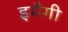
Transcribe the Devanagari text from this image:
इमैगी